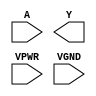
module sky130_fd_sc_hs__clkdlyinv5sd3 (
    //# {{data|Data Signals}}
    input  A   ,
    output Y   ,

    //# {{power|Power}}
    input  VPWR,
    input  VGND
);
endmodule